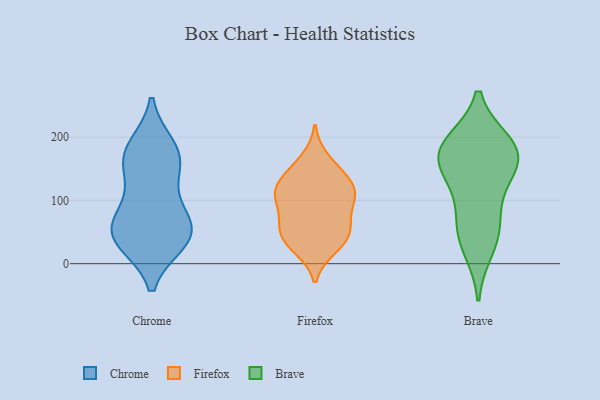
{"axis": {"x": "Churn Rate (%)", "y": "Value"}, "legend": ["Brave", "Chrome", "Firefox"], "data": [{"x": "", "y": 68, "type": "Chrome"}, {"x": "", "y": 44, "type": "Chrome"}, {"x": "", "y": 109, "type": "Chrome"}, {"x": "", "y": 183, "type": "Chrome"}, {"x": "", "y": 51, "type": "Chrome"}, {"x": "", "y": 60, "type": "Chrome"}, {"x": "", "y": 37, "type": "Chrome"}, {"x": "", "y": 160, "type": "Chrome"}, {"x": "", "y": 173, "type": "Chrome"}, {"x": "", "y": 36, "type": "Chrome"}, {"x": "", "y": 163, "type": "Chrome"}, {"x": "", "y": 116, "type": "Firefox"}, {"x": "", "y": 111, "type": "Firefox"}, {"x": "", "y": 140, "type": "Firefox"}, {"x": "", "y": 138, "type": "Firefox"}, {"x": "", "y": 41, "type": "Firefox"}, {"x": "", "y": 52, "type": "Firefox"}, {"x": "", "y": 98, "type": "Firefox"}, {"x": "", "y": 26, "type": "Firefox"}, {"x": "", "y": 65, "type": "Firefox"}, {"x": "", "y": 60, "type": "Firefox"}, {"x": "", "y": 114, "type": "Firefox"}, {"x": "", "y": 32, "type": "Firefox"}, {"x": "", "y": 100, "type": "Firefox"}, {"x": "", "y": 164, "type": "Firefox"}, {"x": "", "y": 157, "type": "Brave"}, {"x": "", "y": 186, "type": "Brave"}, {"x": "", "y": 190, "type": "Brave"}, {"x": "", "y": 56, "type": "Brave"}, {"x": "", "y": 177, "type": "Brave"}, {"x": "", "y": 115, "type": "Brave"}, {"x": "", "y": 149, "type": "Brave"}, {"x": "", "y": 61, "type": "Brave"}, {"x": "", "y": 24, "type": "Brave"}, {"x": "", "y": 177, "type": "Brave"}]}